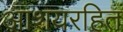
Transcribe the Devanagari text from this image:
आशयरहित